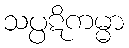
သပ္ပဋိကမ္မာ